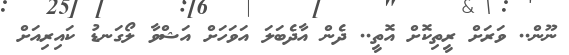
ނޫން.. ވަރަށް ރީތިކޮށް އޮތީ.. ދެން އާދެބަލަ އަވަހަށް އަޝްވާ ލޯގަނޑު ކައިރިއަށް